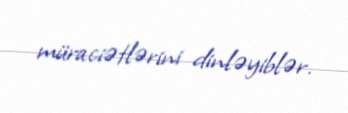
müraciətlərini dinləyiblər.